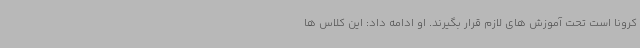
کرونا است تحت آموزش های لازم قرار بگیرند. او ادامه داد: این کلاس ها